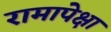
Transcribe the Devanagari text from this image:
रामापेक्षा